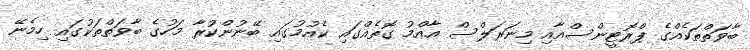
ބާވަތްތަކެއްގެ ޕްރޮޓީންސްއާއި މިނަރަލްސް އާއްމު ގޮތެއްގައި ކެއުމުގައި ބޭނުންކުރާ މަހުގެ ބާވަތްތަކުގައި ހިމެނޭ